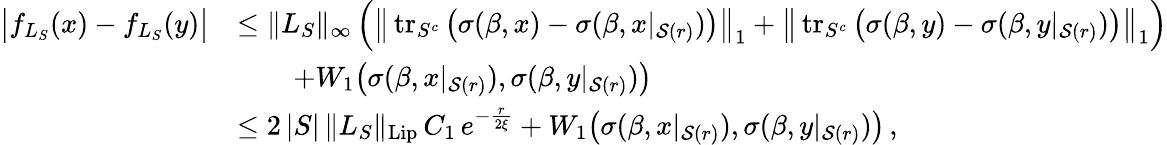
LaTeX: \begin{array}{rl}{\big|f_{L_{S}}(x)-f_{L_{S}}(y)\big|}&{\le\| L_{S}\| _{\infty}\, \Big(\big\| \operatorname{tr}_{S^{c}}\big(\sigma(\beta,x)-\sigma(\beta,x|_{\mathcal{S}(r)})\big)\big\| _{1}+\big\| \operatorname{tr}_{S^{c}}\big(\sigma(\beta,y)-\sigma(\beta,y|_{\mathcal{S}(r)})\big)\big\| _{1}\Big)}\\ &{\qquad+W_{1}\big(\sigma(\beta,x|_{\mathcal{S}(r)}),\sigma(\beta,y|_{\mathcal{S}(r)})\big)}\\ &{\le 2\, |S|\, \| L_{S}\| _{\operatorname{Lip}}\, C_{1}\, e^{-\frac{r}{2\xi}}+W_{1}\big(\sigma(\beta,x|_{\mathcal{S}(r)}),\sigma(\beta,y|_{\mathcal{S}(r)})\big)\, ,}\end{array}